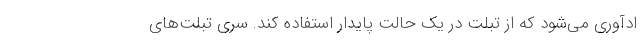
ادآوری می‌شود که از تبلت در یک حالت پایدار استفاده کند. سری تبلت‌های